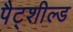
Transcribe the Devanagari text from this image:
पैट्शील्ड